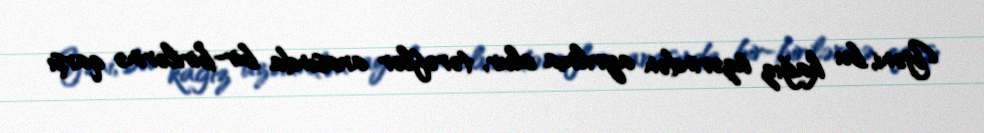
Yəni, bu kağız üzərindən ayrılma olur, tərəflər arasında bir-birilərinə qarşı